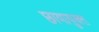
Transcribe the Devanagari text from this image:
छायायुक्‍त